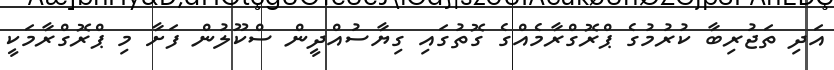
އަދި ތަޖުރިބާ ކުރުމުގެ ޕްރޮގްރާމެއްގެ ގޮތުގައި ގިޔާސުއްދީން ސްކޫލުން ފަށާ މި ޕްރޮގްރާމަކީ